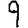
Digit: 9